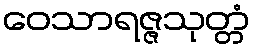
ဝေသာရဇ္ဇသုတ္တံ